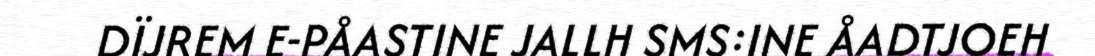
DÏJREM E-PÅASTINE JALLH SMS:INE ÅADTJOEH